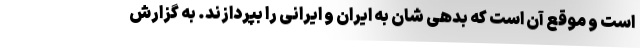
است و موقع آن است که بدهی شان به ایران و ایرانی را بپردازند. به گزارش